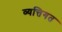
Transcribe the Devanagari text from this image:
व्यत्तिगत